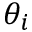
\theta _ { i }